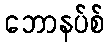
ဘောနပ်စ်